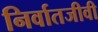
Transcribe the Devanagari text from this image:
निर्वातजीवी